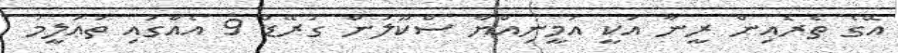
އޭގެ ތެރެއިން ރީނާ އަކީ އަމީނިއްޔާ ސްކޫލުން ގުރޭޑް 9 އެއްގައި ތަޢުލީމު